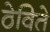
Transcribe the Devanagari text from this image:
ठेविते